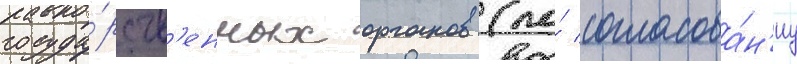
госуда́рств'енных органов (по́ согласова́н'иу